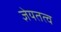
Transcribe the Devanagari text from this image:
ज्ञेयतत्व